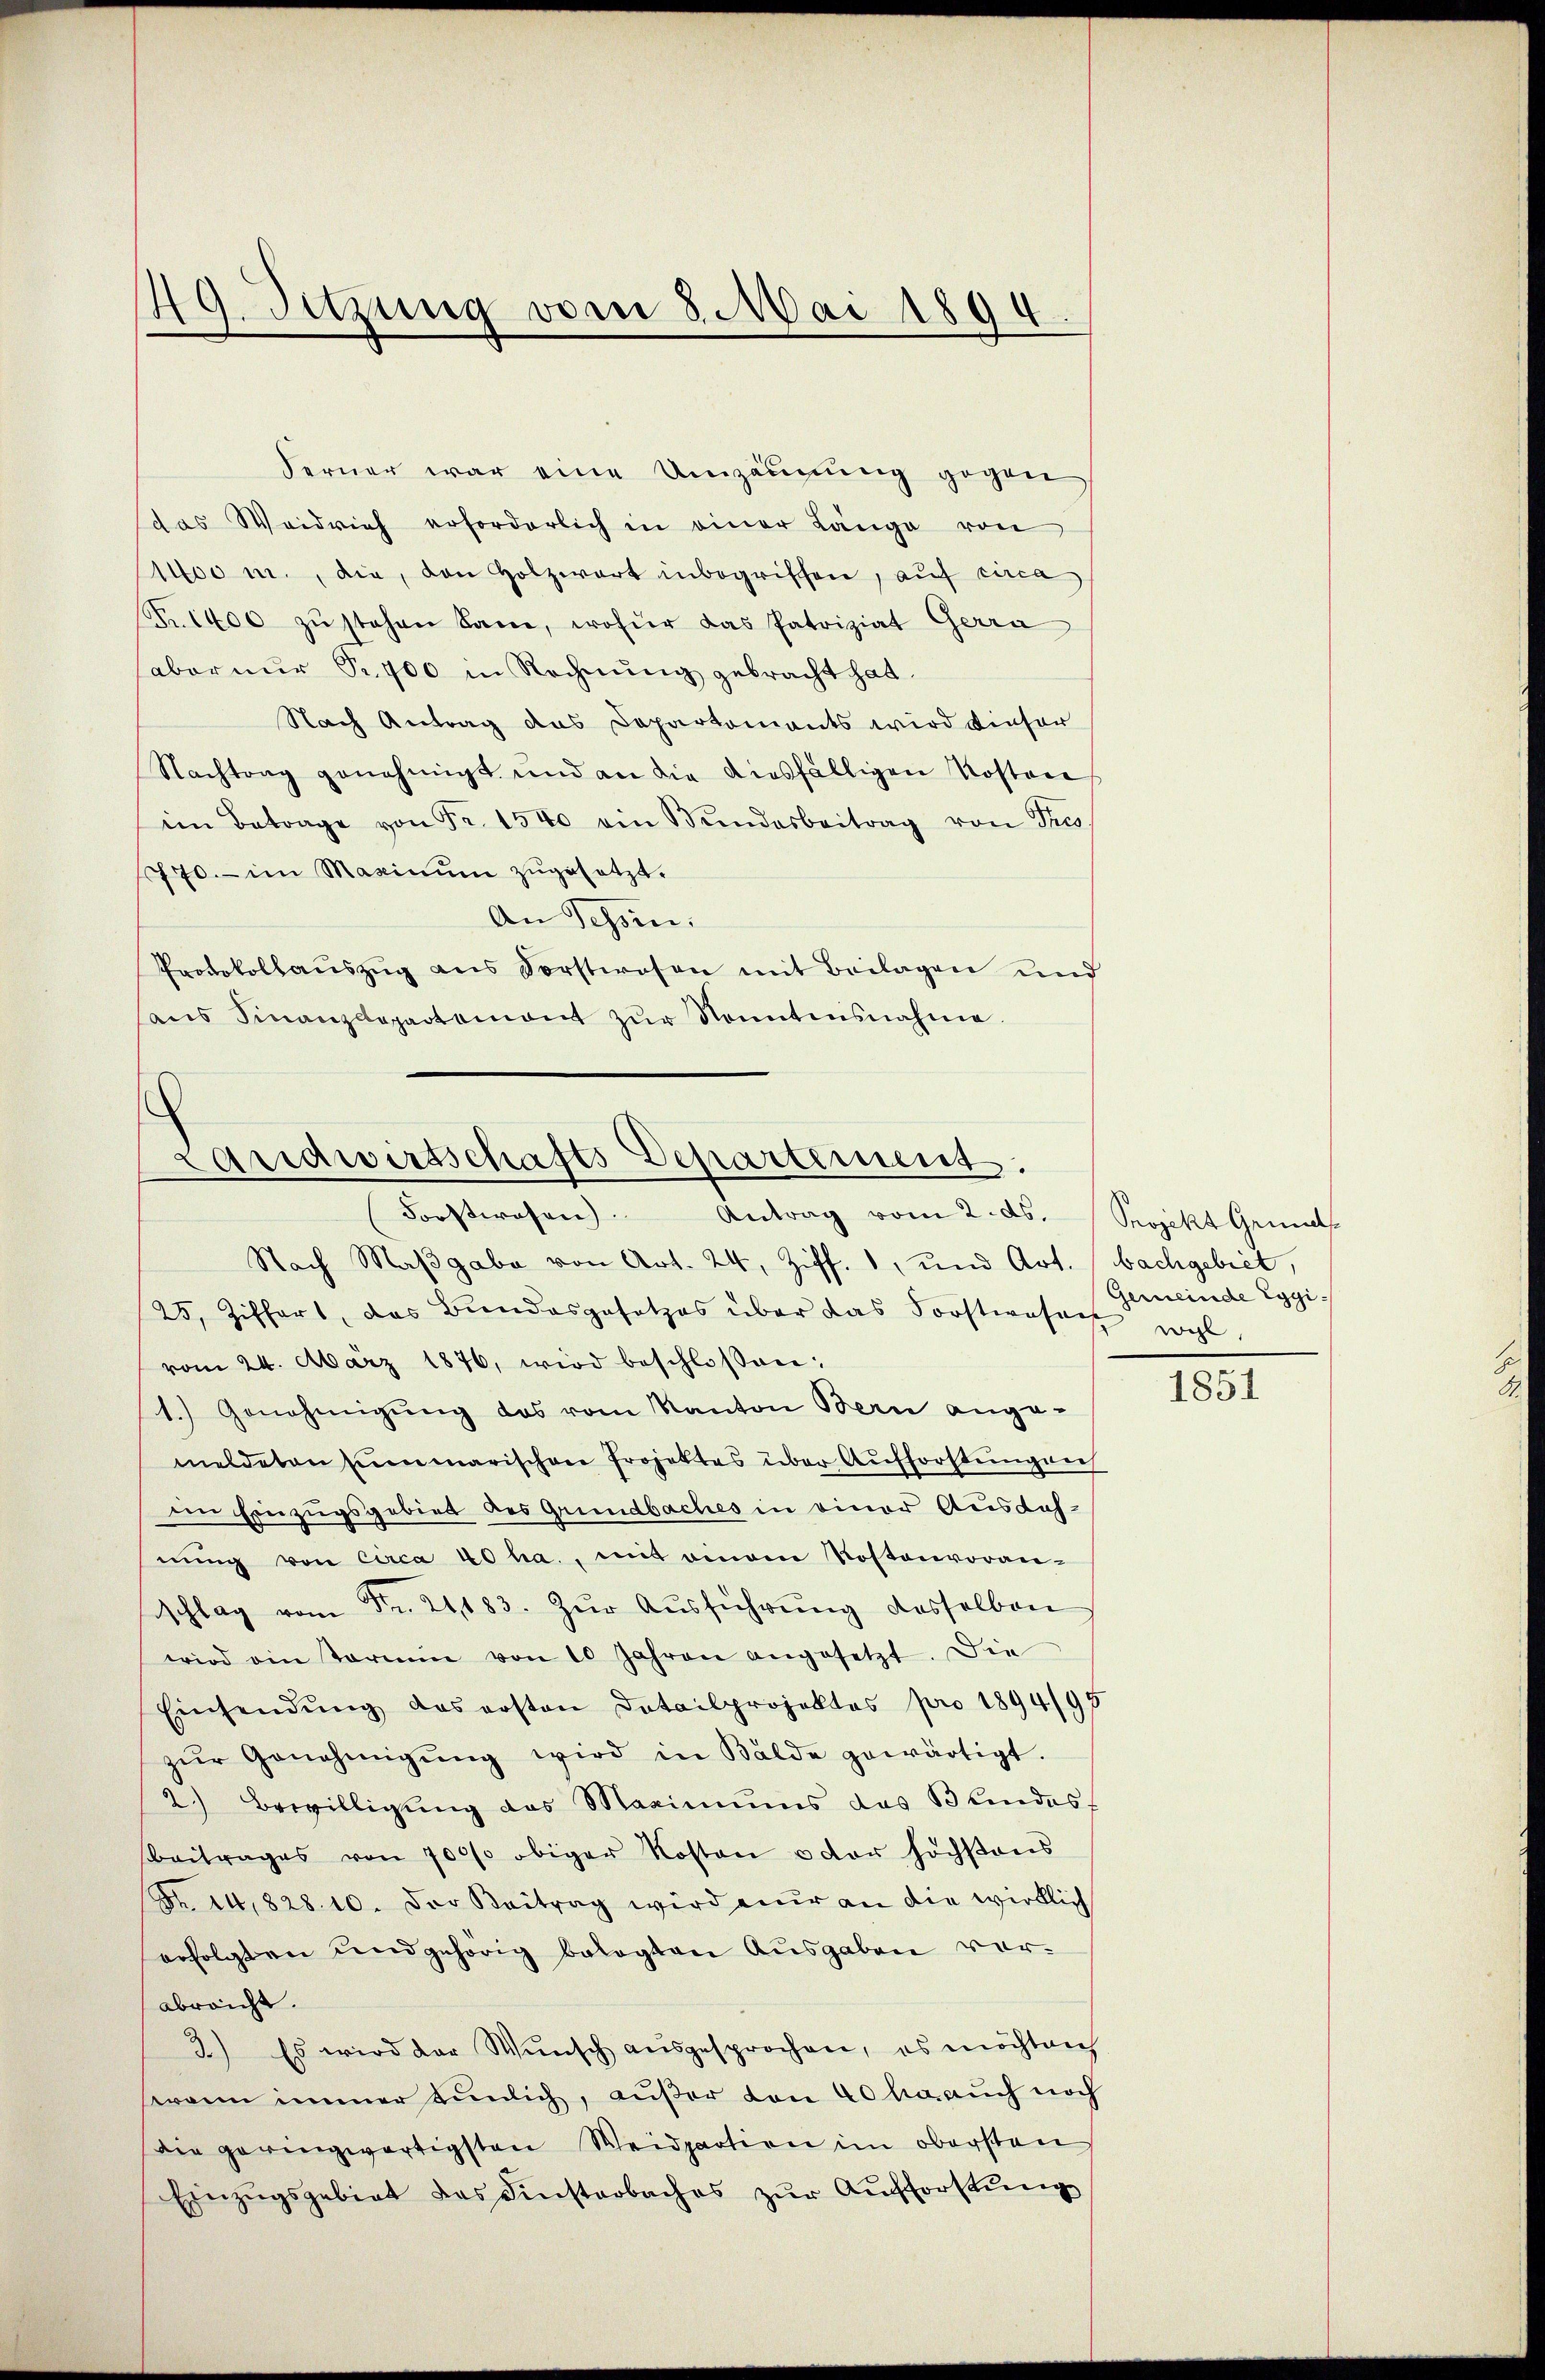
Ferner war eine Umzäunung gegen
das Weidrich erforderlich in einer Länge von
1400 m., die, den Holzwert inbegriffen, auf circa
Nr. 1400 zŭ stehen Sane, wofür das Patriziat Gerra
aber nŭr Sr. 900 in Rechnŭng gebracht hat.
Nach Antrag das Departements wird dieser
Nachtrag genehmigt und an die diesfälligen Kosten
im Betrage von Fr. 1540 ein Bundesbeitrag von Tros
770. im Maximŭm zŭgesetzt.
An Tessin.
Protokollaŭszŭg ans Sorstwesen mit Beilagen und
ans Finanzdepartamont zŭr Sonntensnahme.

49. Setzung vom 8. Mai 1894

Landwirtschafts Departement.
Forstwesen. Antrag vom 2. ds.

Nach Maβgabe von Art. 24, Ziff. 1, und Art. bachgebiet,
25, Ziffert, das Bundesgesetzes über das Forsterosen wohl
vom 24. März 1876, wird beschlossen:
1.) Genehmigŭng des vom Kanton Bern ange-
meldeten summarischen Projektes über Aufforstungen
im Einzugsgebiet des Grundbaches in einer Ausdahnŭng von circa 40 ha., mit einem Kostenvoran-
schlag vom Fr. 21183. Zŭr Aŭsführŭng desselben
wird ein Termin von 10 Jahren angesetzt. Die
Einsendŭng das ersten Datailprojektes pro 1894/95
zŭr Genehmigŭng wird in Bälde gewärtigt.
2.) Bewilligung des Maximums das Blindes-
Beitrages von 700/0 obiger Kosten u der höchsons
Fr. 14,828. 10. Der Beitrag wird nur an die wirklich
erfolgten und gehörig belegten Ausgaben vorabreicht.
3.) Es wird der Wŭnsch ausgesprochen, es möchten
wann immer tunlich, außer von 40 ha auch noch
Die geringwärtigsten Weidpaction im obersten
Einzŭgsgebiet das Finsterbaches zŭr Aŭfforstŭng

Projekt Grunds
Gemeinde Eggi¬

1851